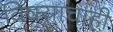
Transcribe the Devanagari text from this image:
विषयाचाही